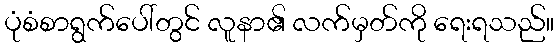
ပုံစံစာရွက်ပေါ်တွင် လူနာ၏ လက်မှတ်ကို ရေးရသည်။